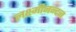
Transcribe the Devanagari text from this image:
लक्ष्मीनन्दन